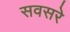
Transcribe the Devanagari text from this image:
सवसरे